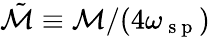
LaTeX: \tilde{\mathcal{M}}\equiv\mathcal{M}/(4\omega_{\mathrm{~s~p~}})